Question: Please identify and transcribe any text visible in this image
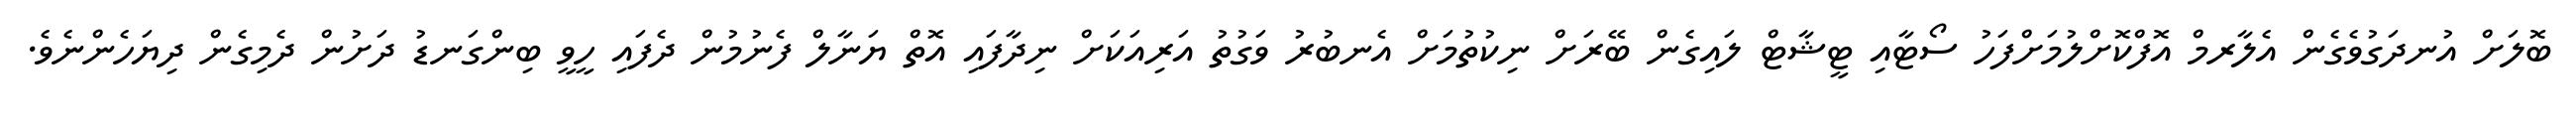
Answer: ބޮލަށް އުނދަގުވެގެން އެލާރމް އޮފްކޮށްލުމަށްފަހު ސޯޓާއި ޓީޝާޓް ލައިގެން ބޭރަށް ނިކުތުމަށް އެނބުރު ވަގުތު އަރިއަކަށް ނިދާފައި އޮތް ޔަނާލް ފެނުމުން ދެފައި ހީވީ ބިންގަނޑު ދަށުން ދެމިގެން ދިޔަހެންނެވެ.